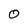
Character: O